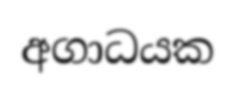
අගාධයක